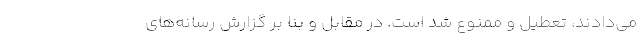
می‌دادند، تعطیل و ممنوع شد است. در مقابل و بنا بر گزارش رسانه‌های